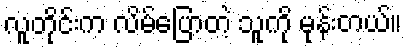
လူတိုင်းက လိမ်ပြောတဲ့ သူကို မုန်းတယ်။